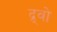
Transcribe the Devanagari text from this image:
द्र्वो